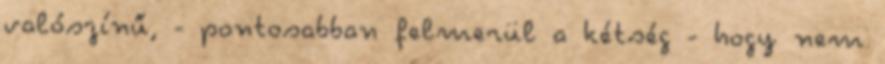
valószínű, - pontosabban felmerül a kétség - hogy nem